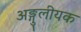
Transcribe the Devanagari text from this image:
अङ्गुलीयक